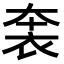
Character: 𧙐